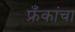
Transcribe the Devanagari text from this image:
फ्रँकांचा